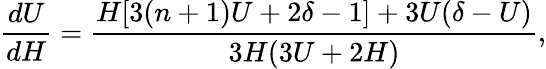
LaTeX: \frac{dU}{dH}=\frac{H[3(n+1)U+2\delta-1]+3U(\delta-U)}{3H(3U+2H)},